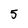
Character: 5